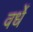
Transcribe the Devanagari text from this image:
वर्धे